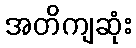
အတိကျဆုံး